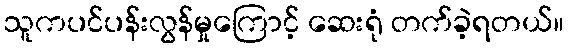
သူကပင်ပန်းလွန်မှုကြောင့် ဆေးရုံ တက်ခဲ့ရတယ်။